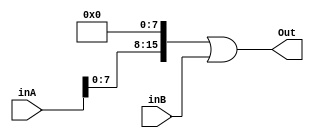
module slbi(inA, inB, Out);

input [15:0] inA, inB;

output wire [15:0] Out;

assign Out = (inA << 8) | inB;

endmodule